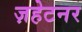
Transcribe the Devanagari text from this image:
ज़हेटनर